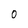
Character: 0